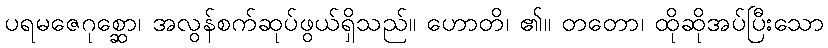
ပရမဇေဂုစ္ဆော၊ အလွန်စက်ဆုပ်ဖွယ်ရှိသည်။ ဟောတိ၊ ၏။ တတော၊ ထိုဆိုအပ်ပြီးသော